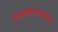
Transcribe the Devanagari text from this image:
रक्तशर्कराल्पताजनित